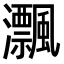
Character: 𤅜